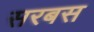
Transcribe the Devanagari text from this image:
सरबस